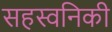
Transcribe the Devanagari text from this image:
सहस्वनिकी